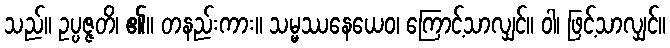
သည်။ ဥပ္ပဇ္ဇတိ၊ ၏။ တနည်းကား။ သမ္မဿနေယေဝ၊ ကြောင့်သာလျှင်။ ဝါ၊ ဖြင့်သာလျှင်။